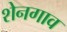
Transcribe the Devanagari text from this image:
शेनगाव